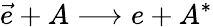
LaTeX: \vec{e}+A\longrightarrow e+A^{*}